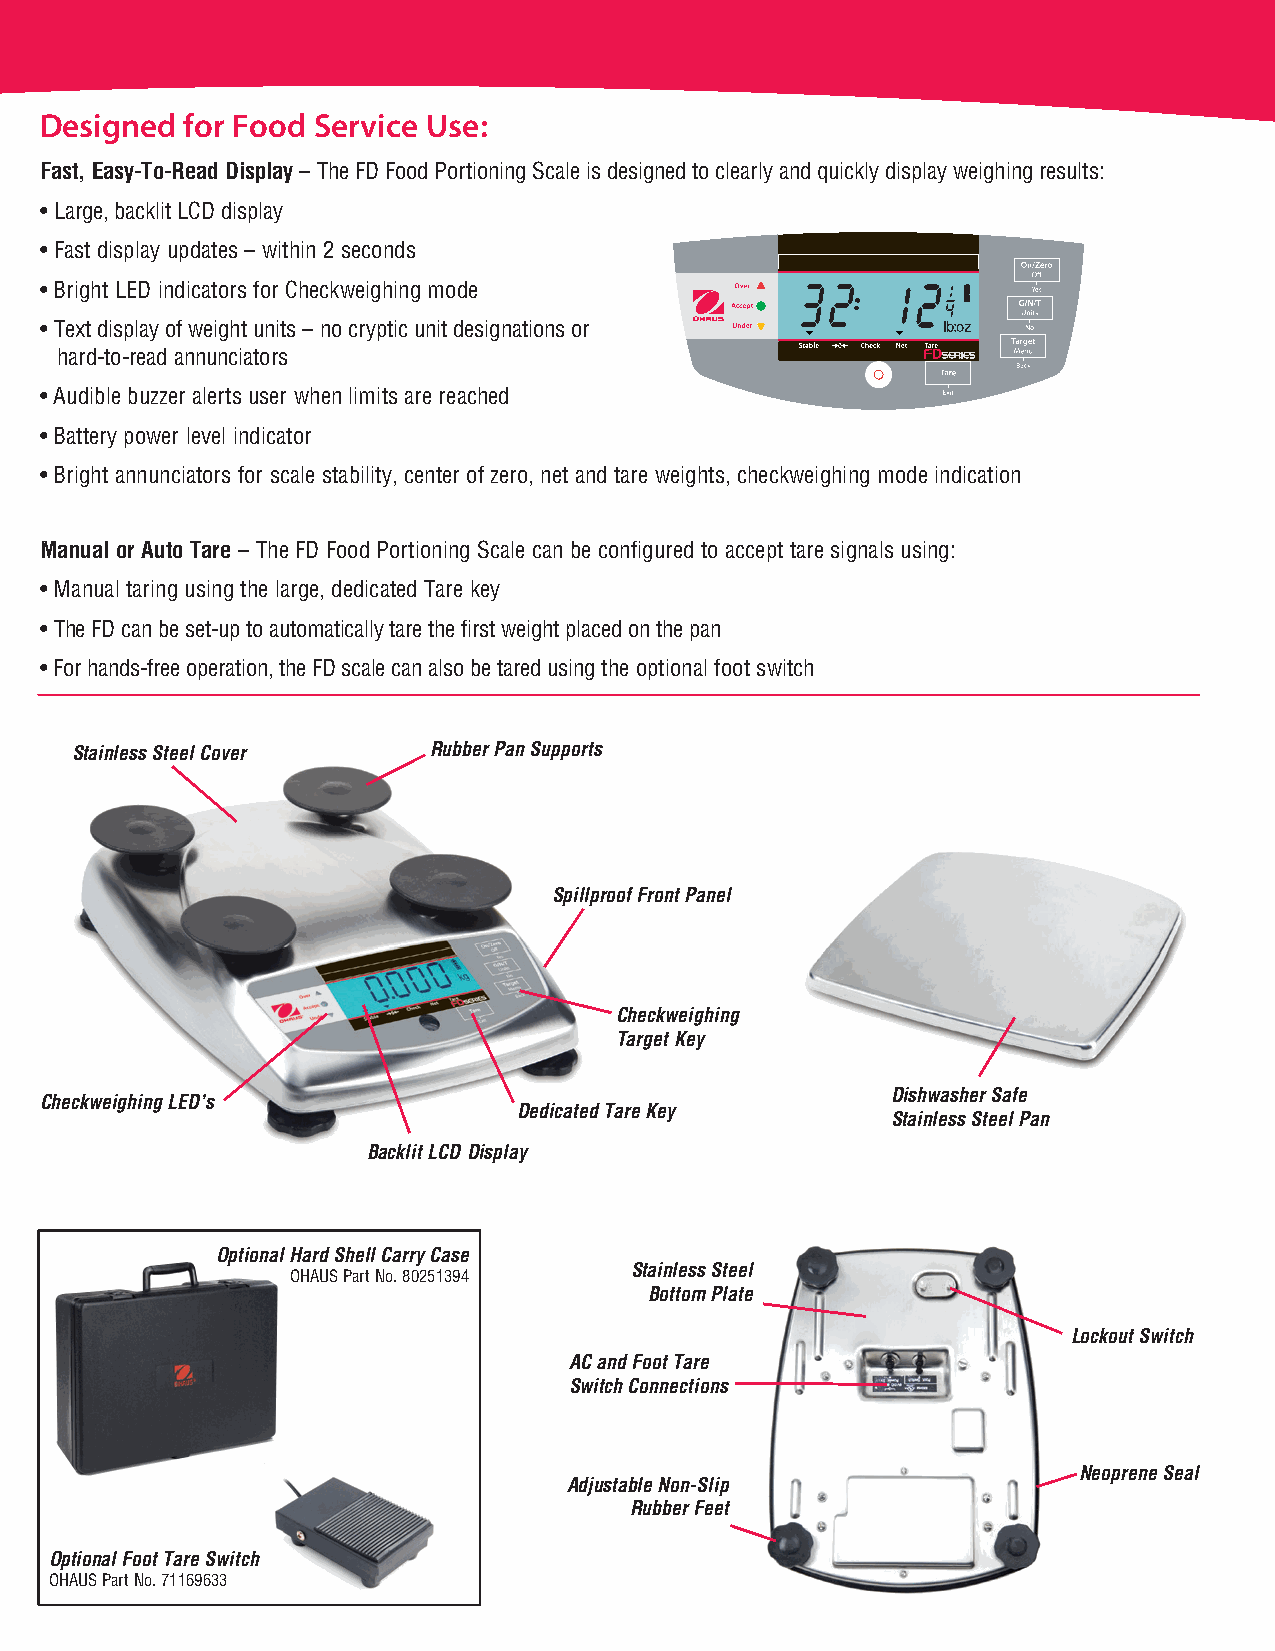
Designed for Food Service Use:
 Fast, Easy-To-Read Display – The FD Food Portioning Scale is designed to clearly and quickly display weighing results:
 • Large, backlit LCD display
 • Fast display updates – within 2 seconds
 • Bright LED indicators for Checkweighing mode
 • Text display of weight units – no cryptic unit designations or
 hard-to-read annunciators
 • Audible buzzer alerts user when limits are reached
 • Battery power level indicator
 • Bright annunciators for scale stability, center of zero, net and tare weights, checkweighing mode indication
 Manual or Auto Tare – The FD Food Portioning Scale can be configured to accept tare signals using:
 • Manual taring using the large, dedicated Tare key
 • The FD can be set-up to automatically tare the first weight placed on the pan
 • For hands-free operation, the FD scale can also be tared using the optional foot switch
 Stainless Steel Cover  Rubber Pan Supports
 Spillproof Front Panel
 Checkweighing
 Target Key
 Dishwasher Safe
 Checkweighing LED’s
 Dedicated Tare Key
 Stainless Steel Pan
 Backlit LCD Display
 Optional Hard Shell Carry Case
 Stainless Steel
 OHAUS Part No. 80251394
 Bottom Plate
 Lockout Switch
 AC and Foot Tare
 Switch Connections
 Neoprene Seal
 Adjustable Non-Slip
 Rubber Feet
 Optional Foot Tare Switch
 OHAUS Part No. 71169633